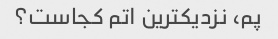
پم، نزدیکترین اتم کجاست؟